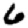
Digit: 6